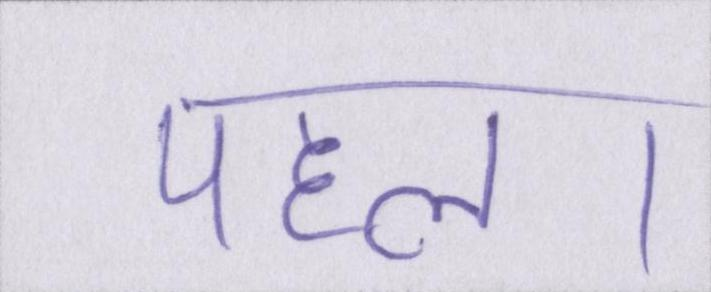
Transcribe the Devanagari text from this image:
पहल।